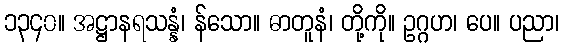
၁၃၄၀။ အဋ္ဌာနရသန္နံ၊ န်သော။ ဓာတူနံ၊ တို့ကို။ ဥဂ္ဂဟ၊ ပေ။ ပညာ၊